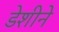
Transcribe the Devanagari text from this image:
डेशीने